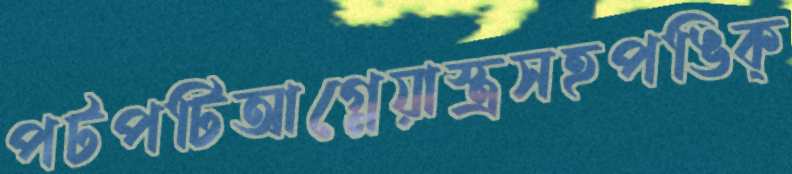
পটপটিআগ্নেয়াস্ত্রসহপঙিক্